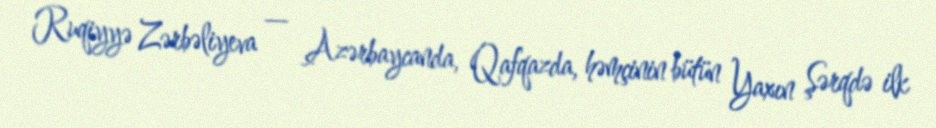
Ruqiyyə Zərbəliyeva — Azərbaycanda, Qafqazda, həmçinin bütün Yaxın Şərqdə ilk